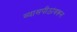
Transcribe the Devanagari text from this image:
व्यासपीठांवरून